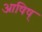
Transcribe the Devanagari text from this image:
आषिष्